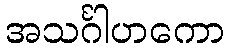
အသင်္ဂါဟကော